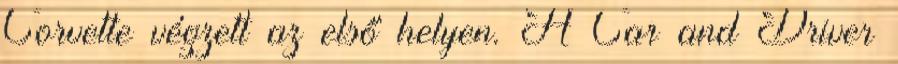
Corvette végzett az első helyen. A Car and Driver